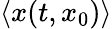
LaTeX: \langle x(t,x_{0})\rangle